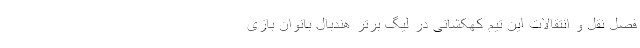
فصل نقل و انتقالات این تیم کهکشانی در لیگ برتر هندبال بانوان بازی